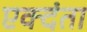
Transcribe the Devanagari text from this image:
एक्दंता